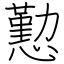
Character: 懃